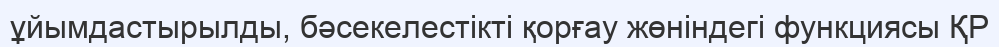
ұйымдастырылды, бәсекелестікті қорғау жөніндегі функциясы ҚР